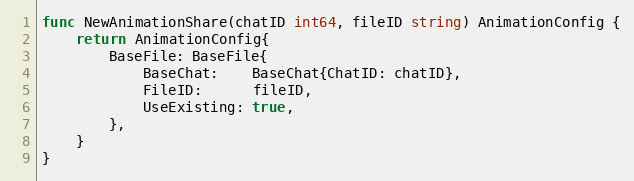
Language: Go
func NewAnimationShare(chatID int64, fileID string) AnimationConfig {
	return AnimationConfig{
		BaseFile: BaseFile{
			BaseChat:    BaseChat{ChatID: chatID},
			FileID:      fileID,
			UseExisting: true,
		},
	}
}